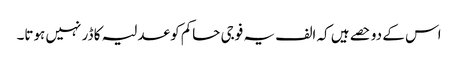
اس کے دو حصے ہیں کہ الف یہ فوجی حاکم کو عدلیہ کا ڈر نہیں ہوتا۔